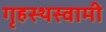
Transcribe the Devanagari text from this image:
गृहस्थस्वामी